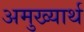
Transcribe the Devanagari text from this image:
अमुख्यार्थ